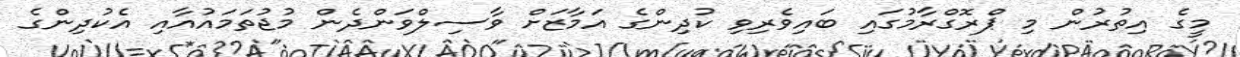
މީގެ އިތުރުން މި ޕްރޮގްރާމުގައި ބައިވެރިވި ކުދިންގެ އަމާޒަށް ވާސިލްވަންދެން މުޖުތަމައުއާއި އެކުދިންގެ